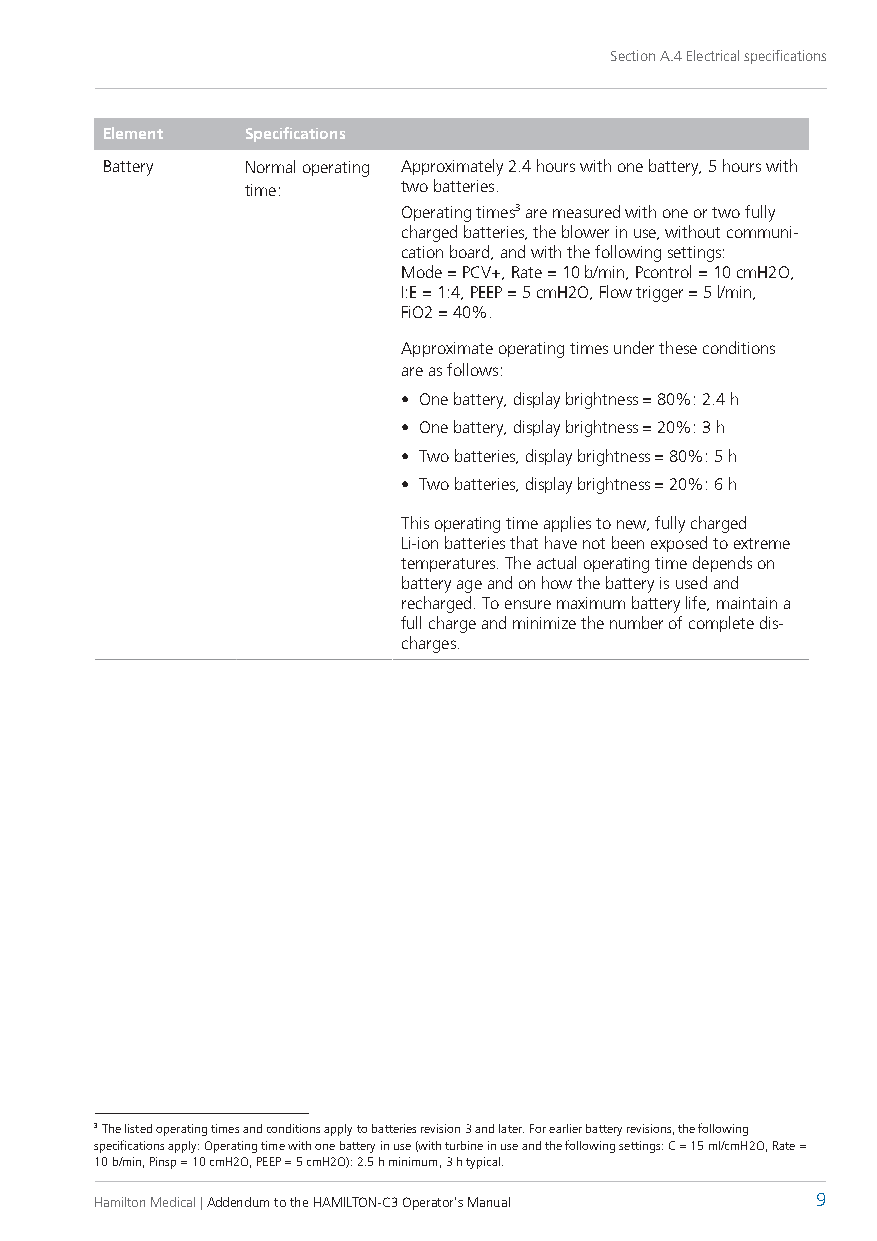
Section A.4 Electrical specifications
 Element  Specifications
 Battery  Normal operating Approximately 2.4 hours with one battery, 5 hours with
 time:      two batteries.
 Operating times3 are measured with one or two fully
 charged batteries, the blower in use, without communi-
 cation board, and with the following settings:
 Mode = PCV+, Rate = 10 b/min, Pcontrol = 10 cmH2O,
 I:E = 1:4, PEEP = 5 cmH2O, Flow trigger = 5 l/min,
 FiO2 = 40%.
 Approximate operating times under these conditions
 are as follows:
 • One battery, display brightness = 80%: 2.4 h
 • One battery, display brightness = 20%: 3 h
 • Two batteries, display brightness = 80%: 5 h
 • Two batteries, display brightness = 20%: 6 h
 This operating time applies to new, fully charged
 Li-ion batteries that have not been exposed to extreme
 temperatures. The actual operating time depends on
 battery age and on how the battery is used and
 recharged. To ensure maximum battery life, maintain a
 full charge and minimize the number of complete dis-
 charges.
 3 The listed operating times and conditions apply to batteries revision 3 and later. For earlier battery revisions, the following
 specifications apply: Operating time with one battery in use (with turbine in use and the following settings: C = 15 ml/cmH2O, Rate =
 10 b/min, Pinsp = 10 cmH2O, PEEP = 5 cmH2O): 2.5 h minimum, 3 h typical.
 Hamilton Medical | Addendum to the HAMILTON-C3 Operator's Manual 9